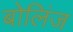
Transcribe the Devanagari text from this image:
बोलिंज